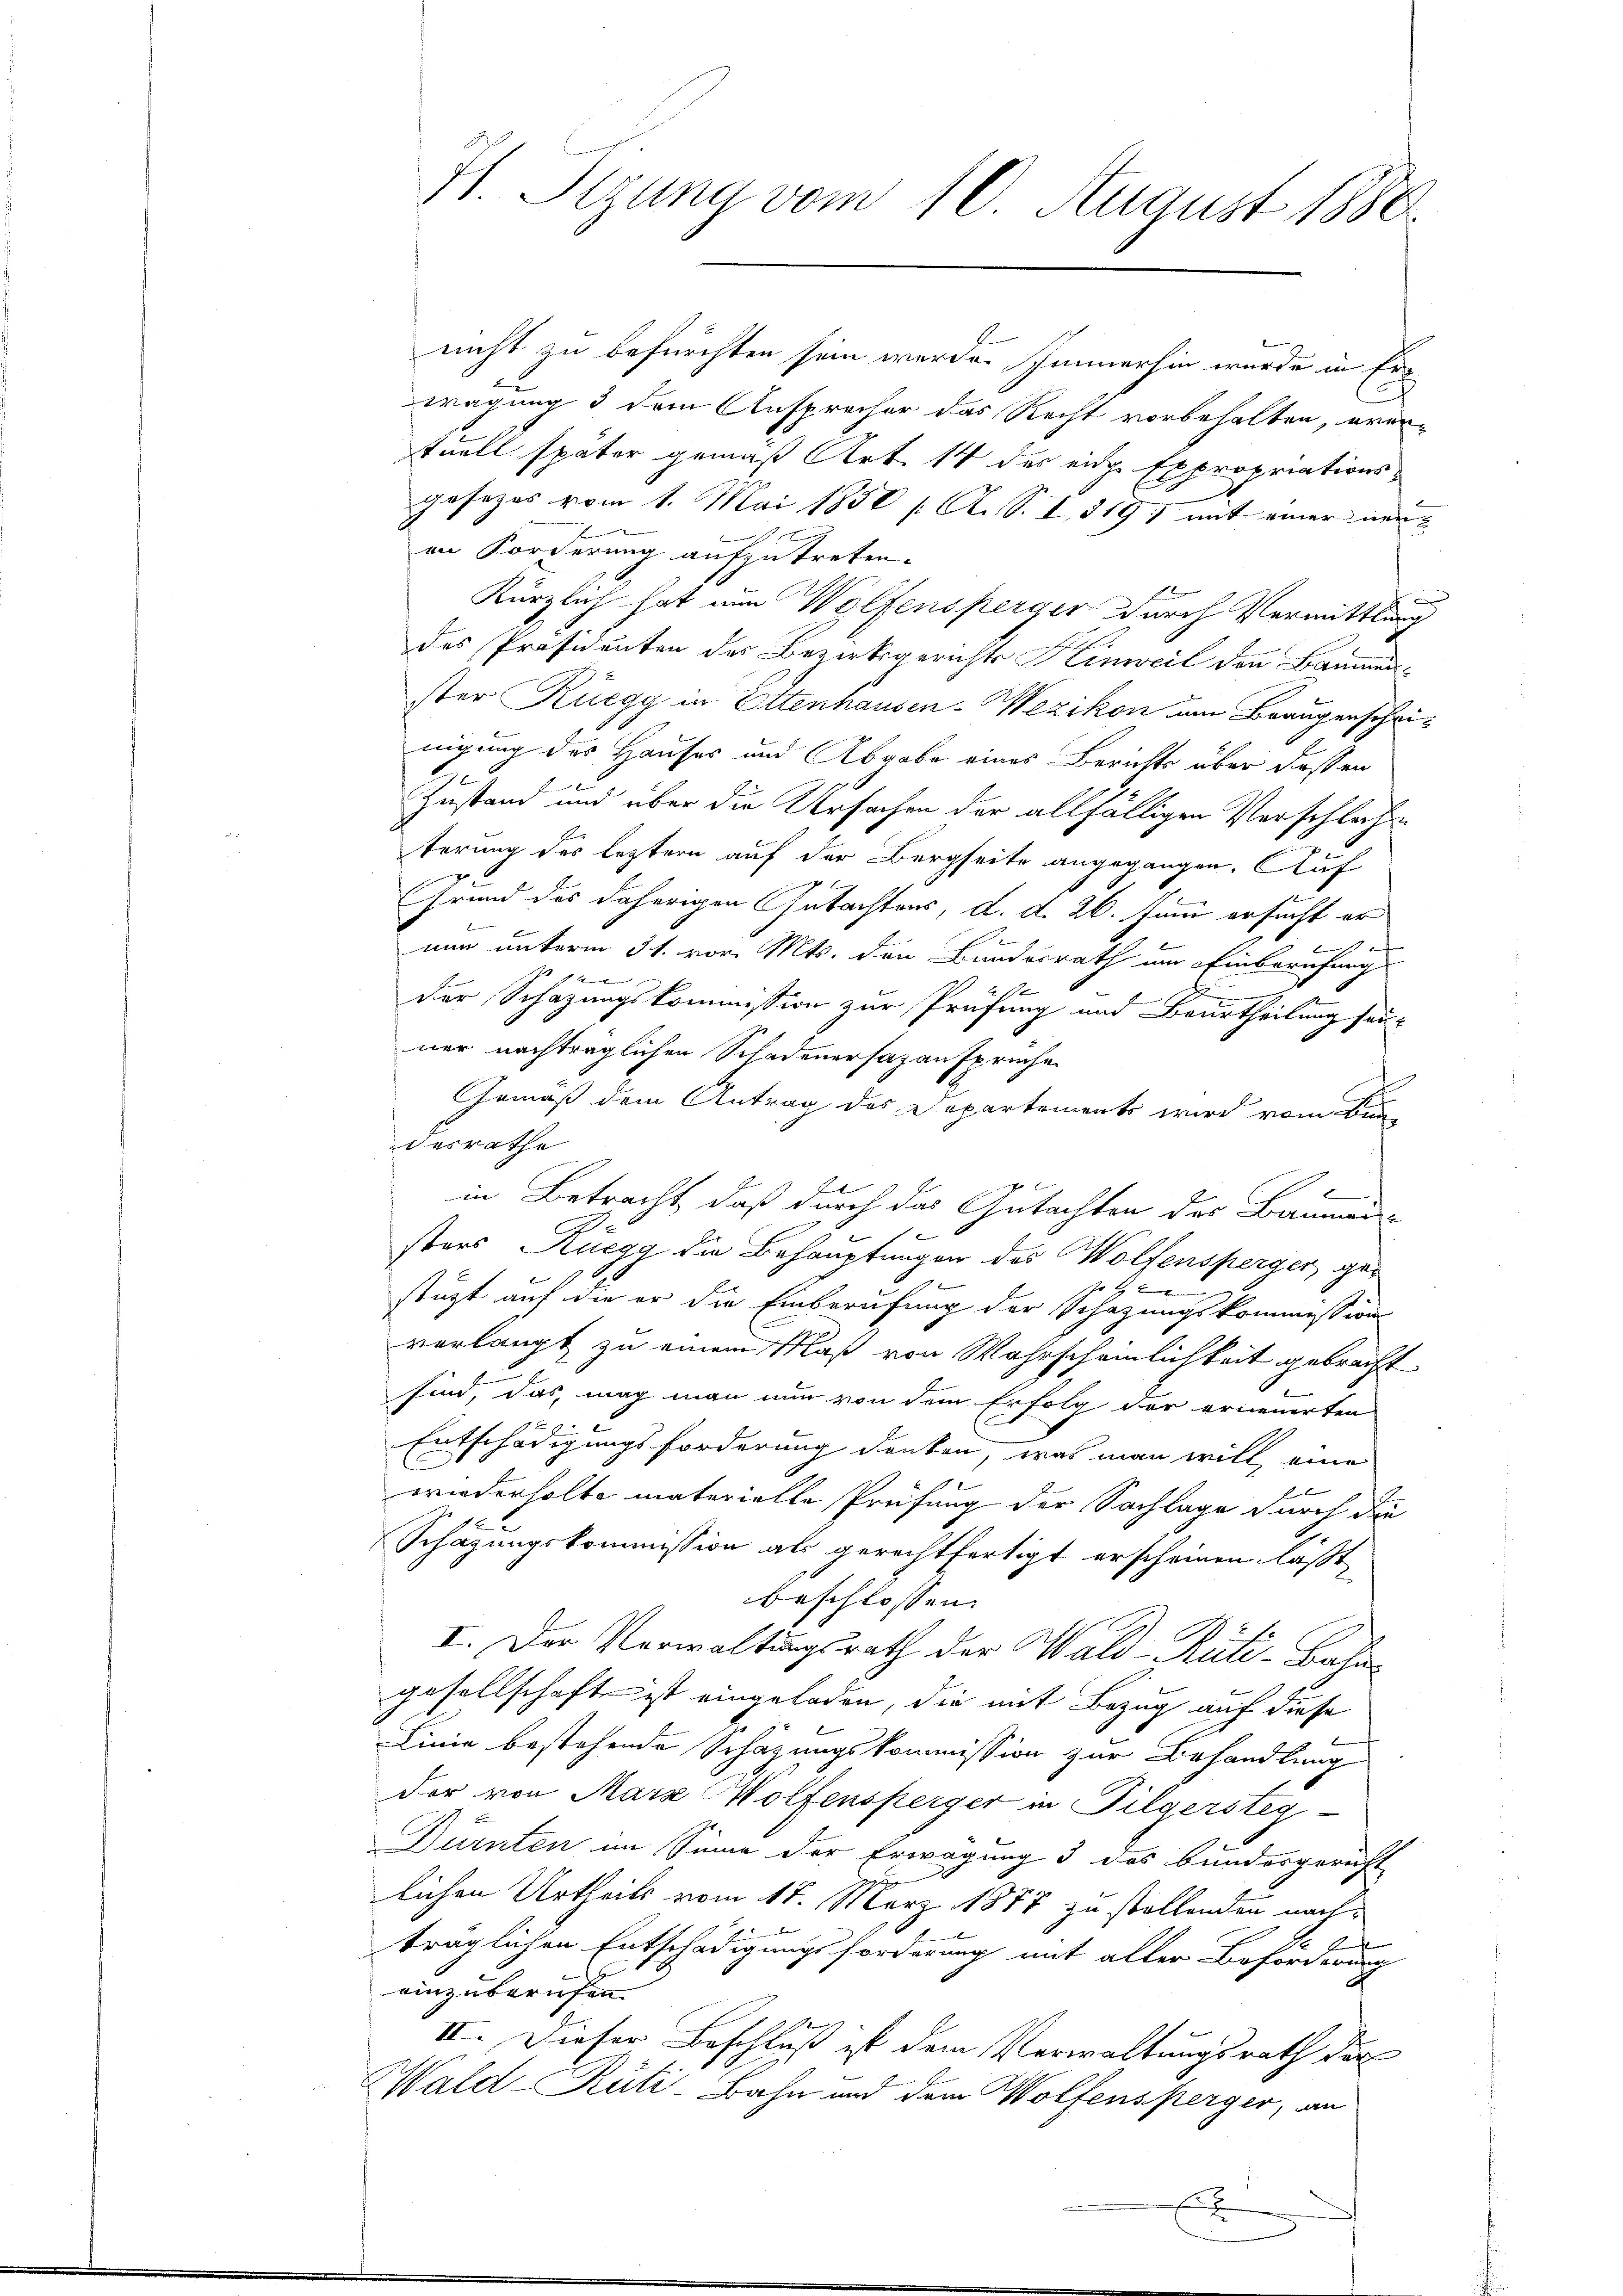
Hl. Sizung vom 10. August 1880

nicht zu befürchten sein werde. Immerhin wurde in Erwägung 3 dem Ansprecher das Recht vorbehalten, eventuell später gemäß Art. 14 des eige Expropriationsgesezes vom 1. Mai 1850 / A. S. I 319, mit einer neu
h
in Forderung aufzutreten.
|
Kürzlich hat nun Wolfensperger durch Vermittlung
des Präsidenten des Bezirksgerichts Hinweil den Baumenster Rüegg in Ottenhausen-Wezikon um Braugenschrinigung des Hauses und Abgabe eines Berichts über dassen
 x
Zustand und über die Ursachen der allfälligen Verschlechterung des leztern auf der Bergseite angegangen. Auf
Grund des daherigen Gutachtens, d. d. 26. Jann ersucht er
7
 |
nun unterm 31. vor. Mts. den Bundesrath um Einberufung
der Schazungskommission zur Prüfung und Beurtheilung sei-
ner nachträglichen Schadenersazansprüche
Gemäß dem Antrag des Departements wird vom Bun-
desrathe
l
E
in Betracht, daß durch das Gutachten der Bauman-
e
sters Rüegg die Behauptungen des Wolfensperger, gestützt auf die er die Einberufung der Schazungskommission
verlangt zu einem Maß von Wahrscheinlichkeit gebracht
.
sind, das, mag man nun von dem Erfolg der erneuerten
Entschädigungsforderung denken, was man will, eine
0 f 4 x
wiederholte materielle Prüfung der Sachlage durch die
Schazungskommission als gerechtfertigt erscheinen läßt,
beschlossen.
I. Der Verwaltungsrath der Wald–Rüti-Bahn
gesellschaft ist eingeladen, die mit Bezug auf diese
Linie bestehende Schazungskommission zur Behandlung
der von Mara Wolfensperger in Filgersteg
Dürnten im Sinne der Erwägung 3 das bundesgericht
lichen Urtheils vom 17. März 1877 zu stellenden nach¬
E
träglichen Entschädigungsforderung mit aller Beforderung
einzuberufen
menge
II. Dieser Beschluß ist dem Verwaltungsrath der
Wald–Rüti-Bahn und dem Wolfensperger, an